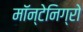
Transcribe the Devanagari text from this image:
मॉन्टेनिग्रो